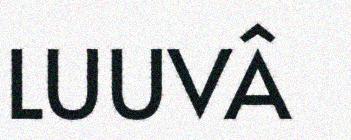
LUUVÂ